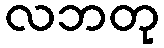
လဘတု